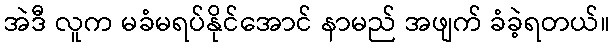
အဲဒီ လူက မခံမရပ်နိုင်အောင် နာမည် အဖျက် ခံခဲ့ရတယ်။